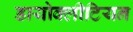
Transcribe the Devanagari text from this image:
डायोक्लीटियन